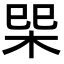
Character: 𭩿